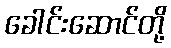
ခေါင်းဆောင်တို့